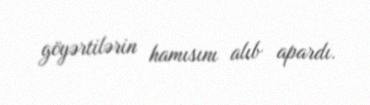
göyərtilərin hamısını alıb apardı.